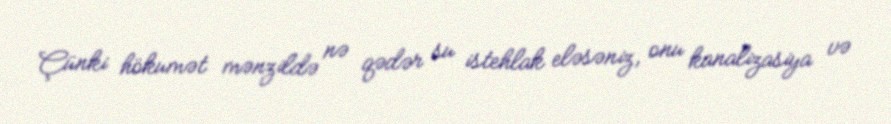
Çünki hökumət mənzildə nə qədər su istehlak eləsəniz, onu kanalizasiya və